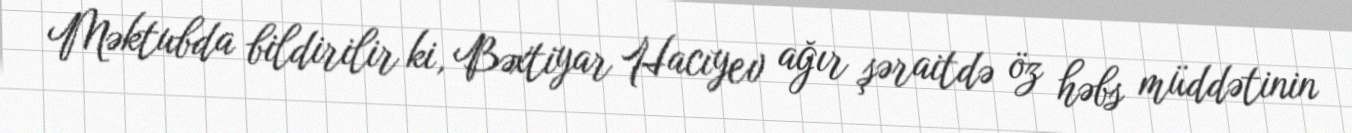
Məktubda bildirilir ki, Bəxtiyar Hacıyev ağır şəraitdə öz həbs müddətinin